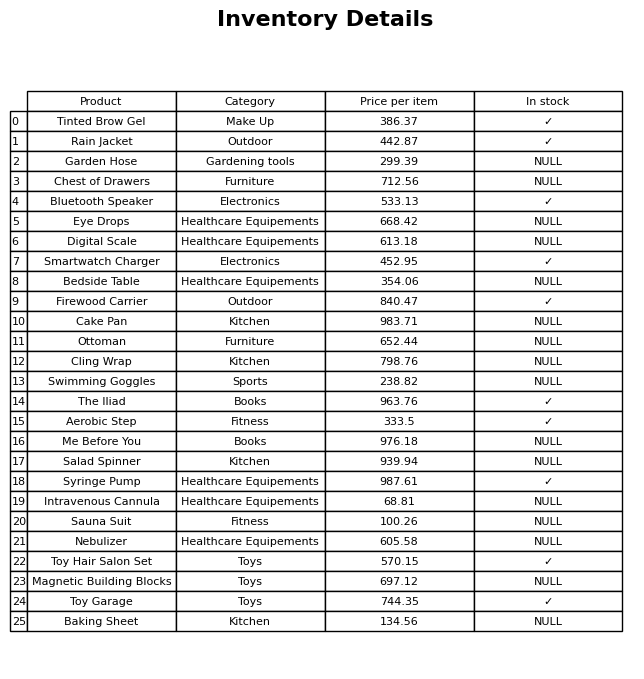
question: What is the price for Firewood Carrier?
answer: The price of Firewood Carrier is 840.47.